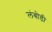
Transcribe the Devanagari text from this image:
लंबोडी